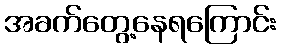
အခက်တွေ့နေရကြောင်း